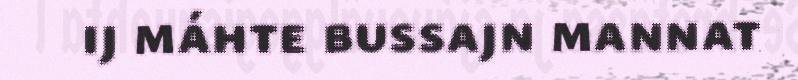
ij máhte bussajn mannat